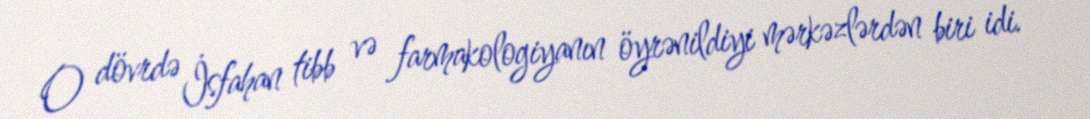
O dövrdə İsfahan tibb və farmakologiyanın öyrənildiyi mərkəzlərdən biri idi.